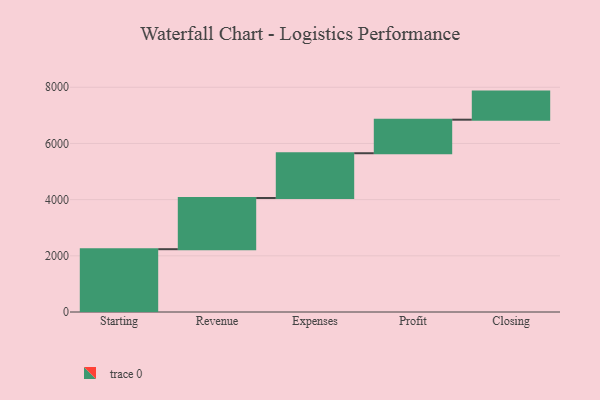
{"axis": {"x": "Step", "y": "Value"}, "legend": [""], "data": [{"x": "Starting", "y": 2236.0, "type": ""}, {"x": "Revenue", "y": 1823.0, "type": ""}, {"x": "Expenses", "y": 1593.0, "type": ""}, {"x": "Profit", "y": 1194.0, "type": ""}, {"x": "Closing", "y": 1000, "type": ""}]}